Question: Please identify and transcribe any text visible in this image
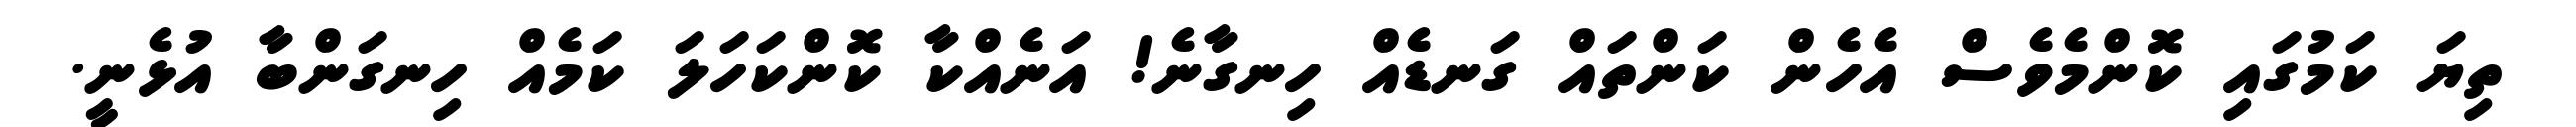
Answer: ތިޔަ ކަމުގައި ކޮންމެވެސް އެހެން ކަންތައް ގަނޑެއް ހިނގާނެ! އަނެއްކާ ކޮންކަހަލަ ކަމެއް ހިނގަންބާ އުޅެނީ.